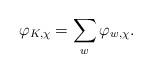
LaTeX: \begin{align*}\varphi_{K,\chi}=\sum_w\varphi_{w,\chi}.\end{align*}